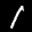
Label: 1